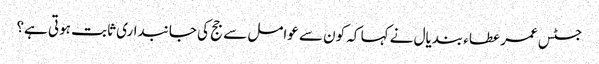
جسٹس عمر عطاء بندیال نے کہا کہ کون سے عوامل سے جج کی جانبداری ثابت ہوتی ہے؟